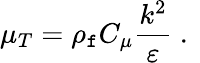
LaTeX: \mu_{T}=\rho_{\mathtt{f}}C_{\mu}\frac{{k^{2}}}{{\varepsilon}}\mathrm{{~.~}}